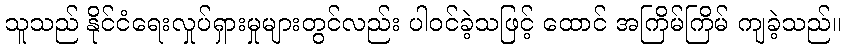
သူသည် နိုင်ငံရေးလှုပ်ရှားမှုများတွင်လည်း ပါဝင်ခဲ့သဖြင့် ထောင် အကြိမ်ကြိမ် ကျခဲ့သည်။